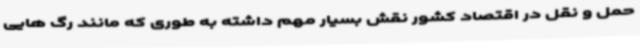
حمل و نقل در اقتصاد کشور نقش بسیار مهم داشته به طوری که مانند رگ هایی